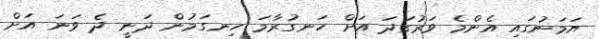
ޔަމަނުގައި އެންމެ ވަރުގަދަ އަށް ހަނގުރާމަ ހިނގަމުން ދަނީ ދެ ވަނަ އަށް